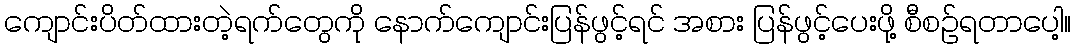
ကျောင်းပိတ်ထားတဲ့ရက်တွေကို နောက်ကျောင်းပြန်ဖွင့်ရင် အစား ပြန်ဖွင့်ပေးဖို့ စီစဉ်ရတာပေါ့။